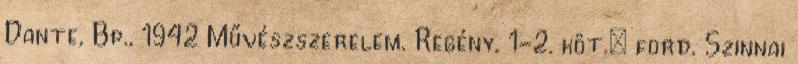
Dante, Bp., 1942 Művészszerelem. Regény, 1-2. köt.; ford. Szinnai